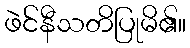
ဖဲင်နီသတိပြုမိ၏။